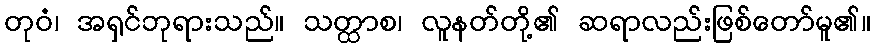
တုဝံ၊ အရှင်ဘုရားသည်။ သတ္ထာစ၊ လူနတ်တို့၏ ဆရာလည်းဖြစ်တော်မူ၏။